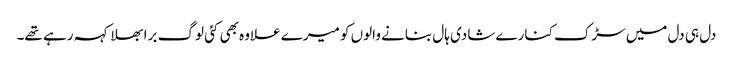
دل ہی دل میں سڑک کنارے شادی ہال بنانے والوں کو میرے علاوہ بھی کئی لوگ برا بھلا کہہ رہے تھے۔